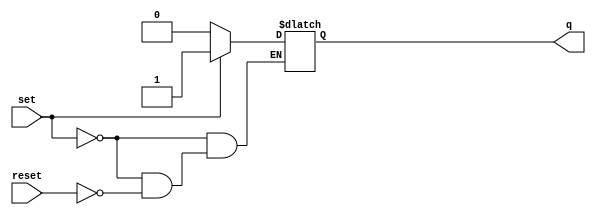
`timescale 1ns / 1ps
//////////////////////////////////////////////////////////////////////////////////
// Company: 
// Engineer: 
// 
// Design Name: 
// Module Name:    LATCH 
// Project Name: 
// Target Devices: 
// Tool versions: 
// Description: 
//
// Dependencies: 
//
// Revision: 
// Revision 0.01 - File Created
// Additional Comments: 
//
//////////////////////////////////////////////////////////////////////////////////
module LATCH(
	input reset,
	input set,
	output reg q
    );

	always@(set, reset)begin
	if (set) q = 1;
	else if (reset) q = 0;
	end

endmodule